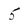
Character: 5